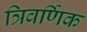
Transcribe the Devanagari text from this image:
त्रिवर्णिक